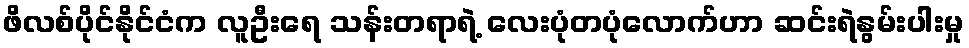
ဖိလစ်ပိုင်နိုင်ငံက လူဦးရေ သန်းတရာရဲ့ လေးပုံတပုံလောက်ဟာ ဆင်းရဲနွမ်းပါးမှု